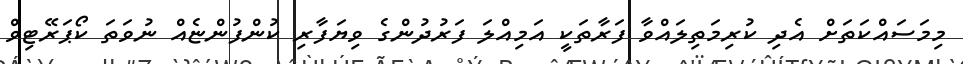
މިމަސައްކަތަށް އެދި ކުރިމަތިލައްވާ ފަރާތަކީ އަމިއްލަ ފަރުދުންގެ ވިޔަފާރި ކުންފުންޏެއް ނުވަތަ ކޯޕަރޭޓިވް